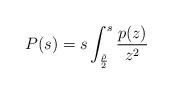
LaTeX: \begin{align*}P(s)=s\int_{\frac{\bar\rho}{2}}^s\frac{p(z)}{z^2}\end{align*}